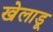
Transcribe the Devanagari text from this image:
खेलाडू